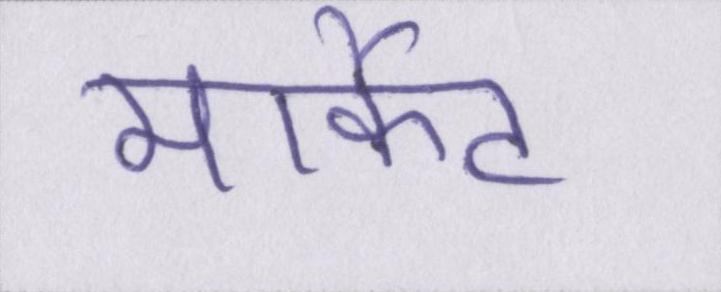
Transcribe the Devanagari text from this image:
मार्केट